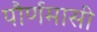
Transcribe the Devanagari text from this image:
पौर्णमासी